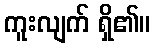
ကူးလျက် ရှိ၏။